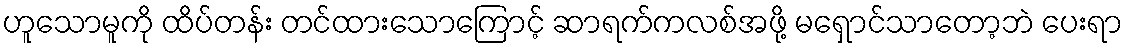
ဟူသောမူကို ထိပ်တန်း တင်ထားသောကြောင့် ဆာရက်ကလစ်အဖို့ မရှောင်သာတော့ဘဲ ပေးရာ